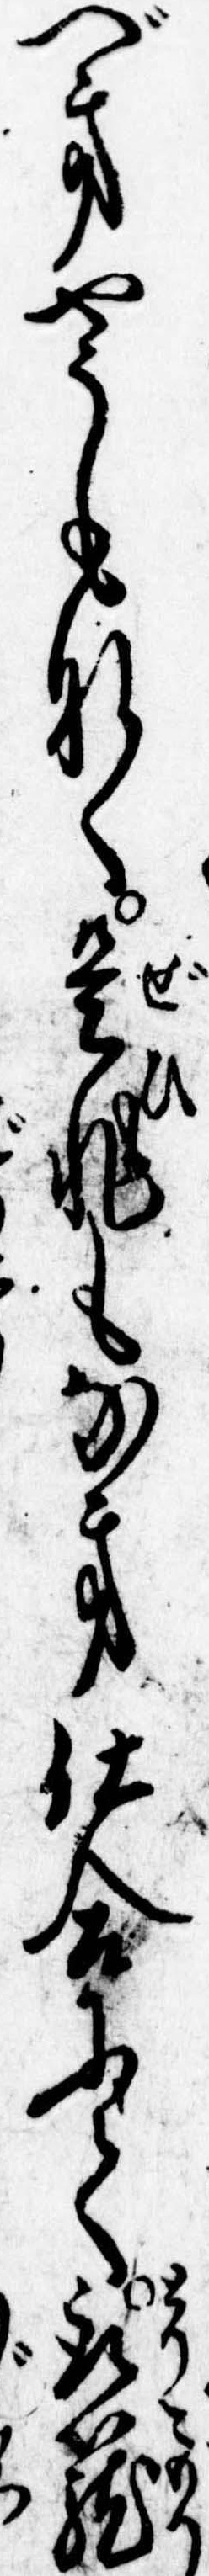
べきやうもなく是非もなき仕合にて取篭